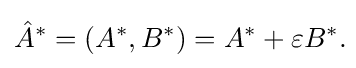
{\hat {A}}^{*}=(A^{*},B^{*})=A^{*}+\varepsilon B^{*}.\!